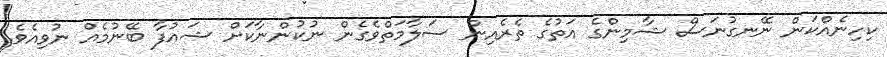
ކިހިނެއްކަން ނޭނގުނަސް ޝާމިންގެ އަތުގެ ތެރެއިން ސަލާމަތްވެގެން ނުކުންނާކަށް ޝައުފާ ބޭނުމެއް ނުވިއެވެ.